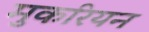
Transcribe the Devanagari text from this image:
मुकरियन